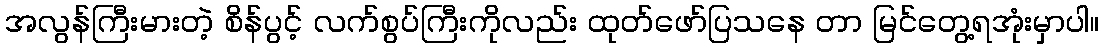
အလွန်ကြီးမားတဲ့ စိန်ပွင့် လက်စွပ်ကြီးကိုလည်း ထုတ်ဖော်ပြသနေ တာ မြင်တွေ့ရအုံးမှာပါ။